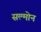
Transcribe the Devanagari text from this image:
सल्मोन